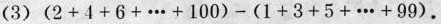
(3)$$( 2 + 4 + 6 + … + 1 0 0 ) - ( 1 + 3 + 5 + … + 9 9 )$$.